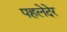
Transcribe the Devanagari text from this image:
पहलेदेर